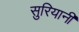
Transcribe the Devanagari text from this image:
सुरियानी